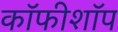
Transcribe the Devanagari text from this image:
कॉफीशॉप